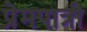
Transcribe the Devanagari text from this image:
प्रेमपात्री